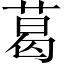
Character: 葛